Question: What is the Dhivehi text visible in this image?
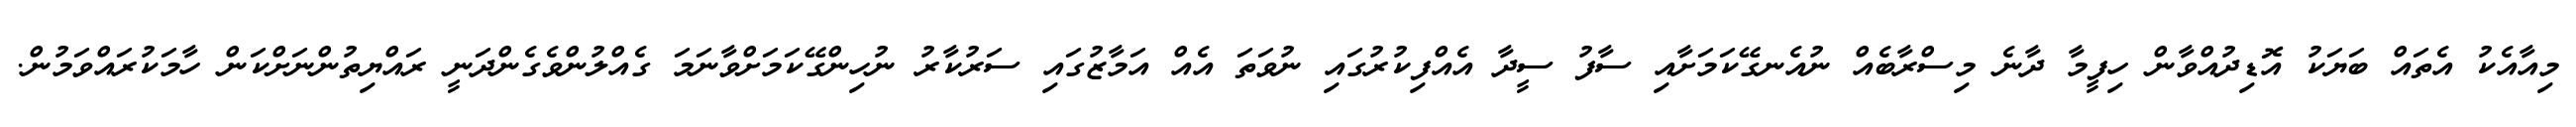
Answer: މިއާއެކު އެތައް ބަޔަކު އޮޑިދުއްވާން ހިފީމާ ދާނެ މިސްރާބެއް ނުއެނގޭކަމަށާއި ސާފު ސީދާ އެއްފިކުރުގައި ނުވަތަ އެއް އަމާޒުގައި ސަރުކާރު ނުހިންގޭކަމަށްވާނަމަ ގެއްލުންވެގެންދަނީ ރައްޔިތުންނަށްކަން ހާމަކުރައްވަމުން.